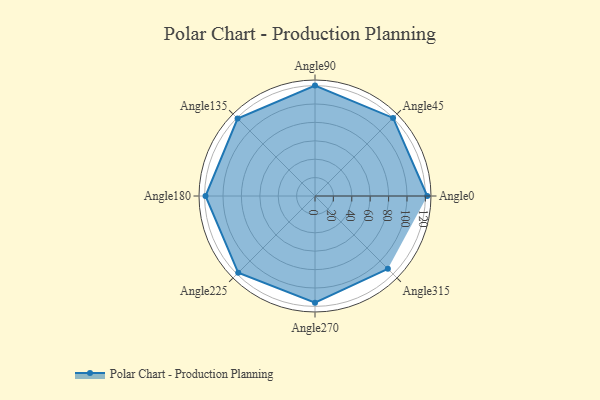
{"axis": {"x": "Angle", "y": "Radius"}, "legend": [""], "data": [{"x": "Angle0", "y": 122.0, "type": ""}, {"x": "Angle45", "y": 120.0, "type": ""}, {"x": "Angle90", "y": 120.0, "type": ""}, {"x": "Angle135", "y": 119.0, "type": ""}, {"x": "Angle180", "y": 119.0, "type": ""}, {"x": "Angle225", "y": 118.0, "type": ""}, {"x": "Angle270", "y": 116.0, "type": ""}, {"x": "Angle315", "y": 112.0, "type": ""}]}